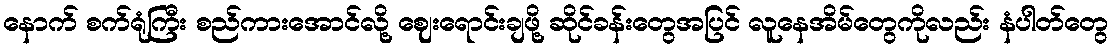
နောက် စက်ရုံကြီး စည်ကားအောင်လို့ ဈေးရောင်းချဖို့ ဆိုင်ခန်းတွေအပြင် လူနေအိမ်တွေကိုလည်း နံပါတ်တွေ